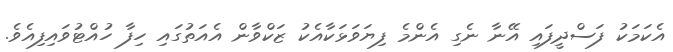
އެކަމަކު ފަސްދީފައި އޭނާ ނެގި އެންމެ ފިޔަވަޅަކާއެކު ޒަކްވާން އެއަތުގައި ހިފާ ހުއްޓުވައިފިއެވެ.